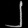
Digit: ၂